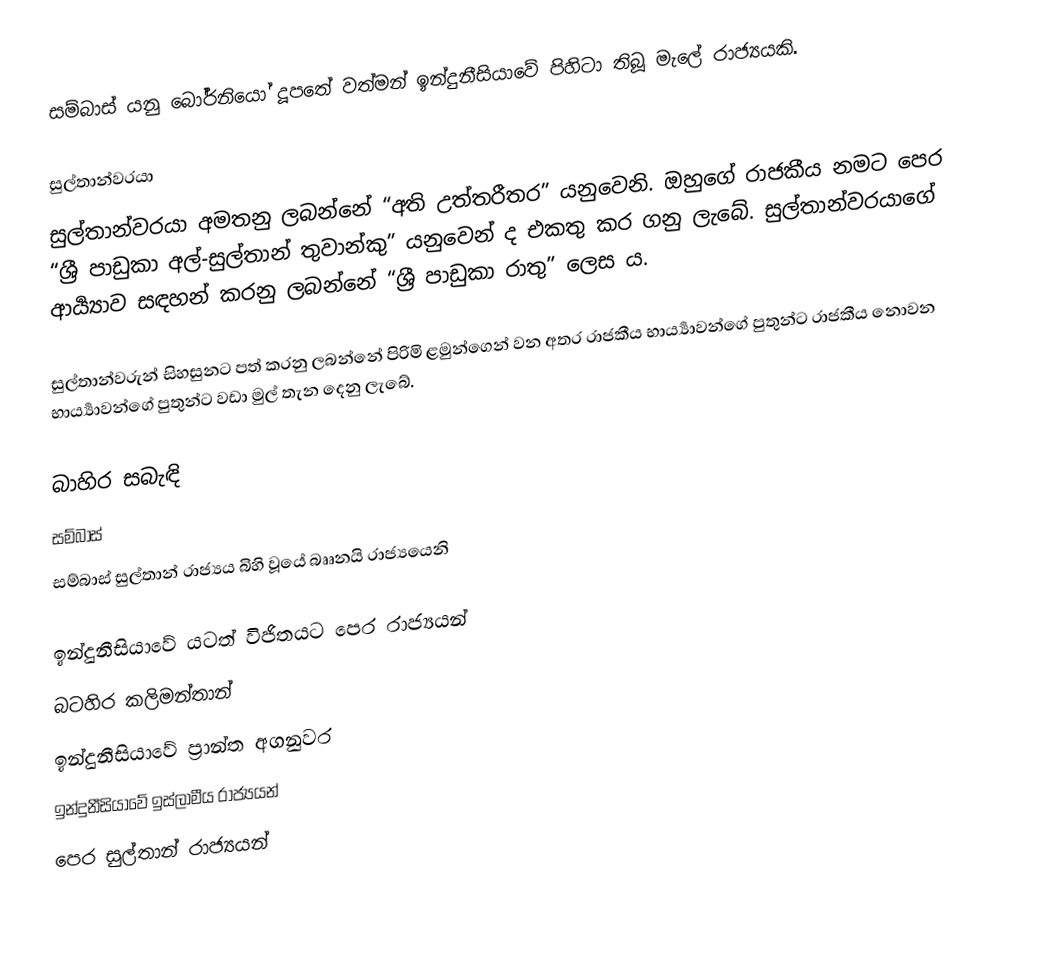
සම්බාස් යනු බෝර්නියෝ දූපතේ වත්මන් ඉන්දුනීසියාවේ පිහිටා තිබූ මැලේ රාජ්‍යයකි.

සුල්තාන්වරයා
සුල්තාන්වරයා අමතනු ලබන්නේ “අති උත්තරීතර” යනුවෙනි. ඔහුගේ රාජකීය නමට පෙර “ශ්‍රී පාඩුකා අල්-සුල්තාන් තුවාන්කු” යනුවෙන් ද එකතු කර ගනු ලැබේ. සුල්තාන්වරයාගේ ආර්‍ය්‍යාව සඳහන් කරනු ලබන්නේ “ශ්‍රී පාඩුකා රාතු” ලෙස ය.

සුල්තාන්වරුන් සිහසුනට පත් කරනු ලබන්නේ පිරිමි ළමුන්ගෙන් වන අතර රාජකීය භාර්‍ය්‍යාවන්ගේ පුතුන්ට රාජකීය නොවන භාර්‍ය්‍යාවන්ගේ පුතුන්ට වඩා මුල් තැන දෙනු ලැබේ.

බාහිර සබැඳි
 සම්බාස්
 සම්බාස් සුල්තාන් රාජ්‍යය බිහි වූයේ බෘෘනයි රාජ්‍යයෙනි

ඉන්දුනීසියාවේ යටත් විජිතයට පෙර රාජ්‍යයන්
බටහිර කලිමන්තාන්
ඉන්දුනීසියාවේ ප්‍රාන්ත අගනුවර
ඉන්දුනීසියාවේ ඉස්ලාමීය රාජ්‍යයන්
පෙර සුල්තාන් රාජ්‍යයන්